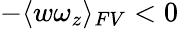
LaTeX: -\langle w\omega_{z}\rangle_{FV}<0